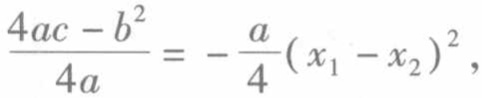
$\frac{4ac - b^{2}}{4a}=-\frac{a}{4}(x_{1}-x_{2})^{2},$